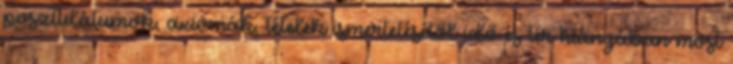
posztulátumok, axiómák, tételek ismertetésétől idő és tér hiányában most